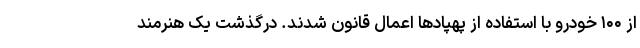
از ۱۰۰ خودرو با استفاده از پهپادها اعمال قانون شدند. درگذشت یک هنرمند